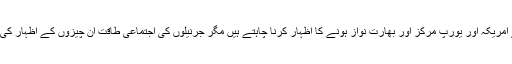
میاں نوازشریف اپنے امریکہ اور یورپ مرکز اور بھارت نواز ہونے کا اظہار کرنا چاہتے ہیں مگر جرنیلوں کی اجتماعی طاقت ان چیزوں کے اظہار کی راہ میں رکاوٹ ہے۔